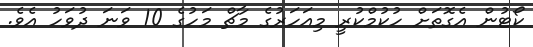
ކޯޓުން އެގޮތަށް ހުކުމްކުރީ މިއަހަރުގެ މާޗް މަހުގެ 10 ވަނަ ދުވަހު އެވެ.